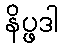
နိပ္ဖဒါ